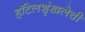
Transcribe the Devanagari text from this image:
हॉटेलशृंखलेची